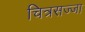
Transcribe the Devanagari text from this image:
चित्रसज्जा